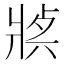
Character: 𤖈